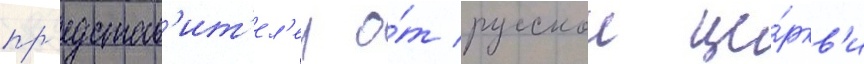
пр'едстав'ит'ел'еи о́т русскои це́ркв'и